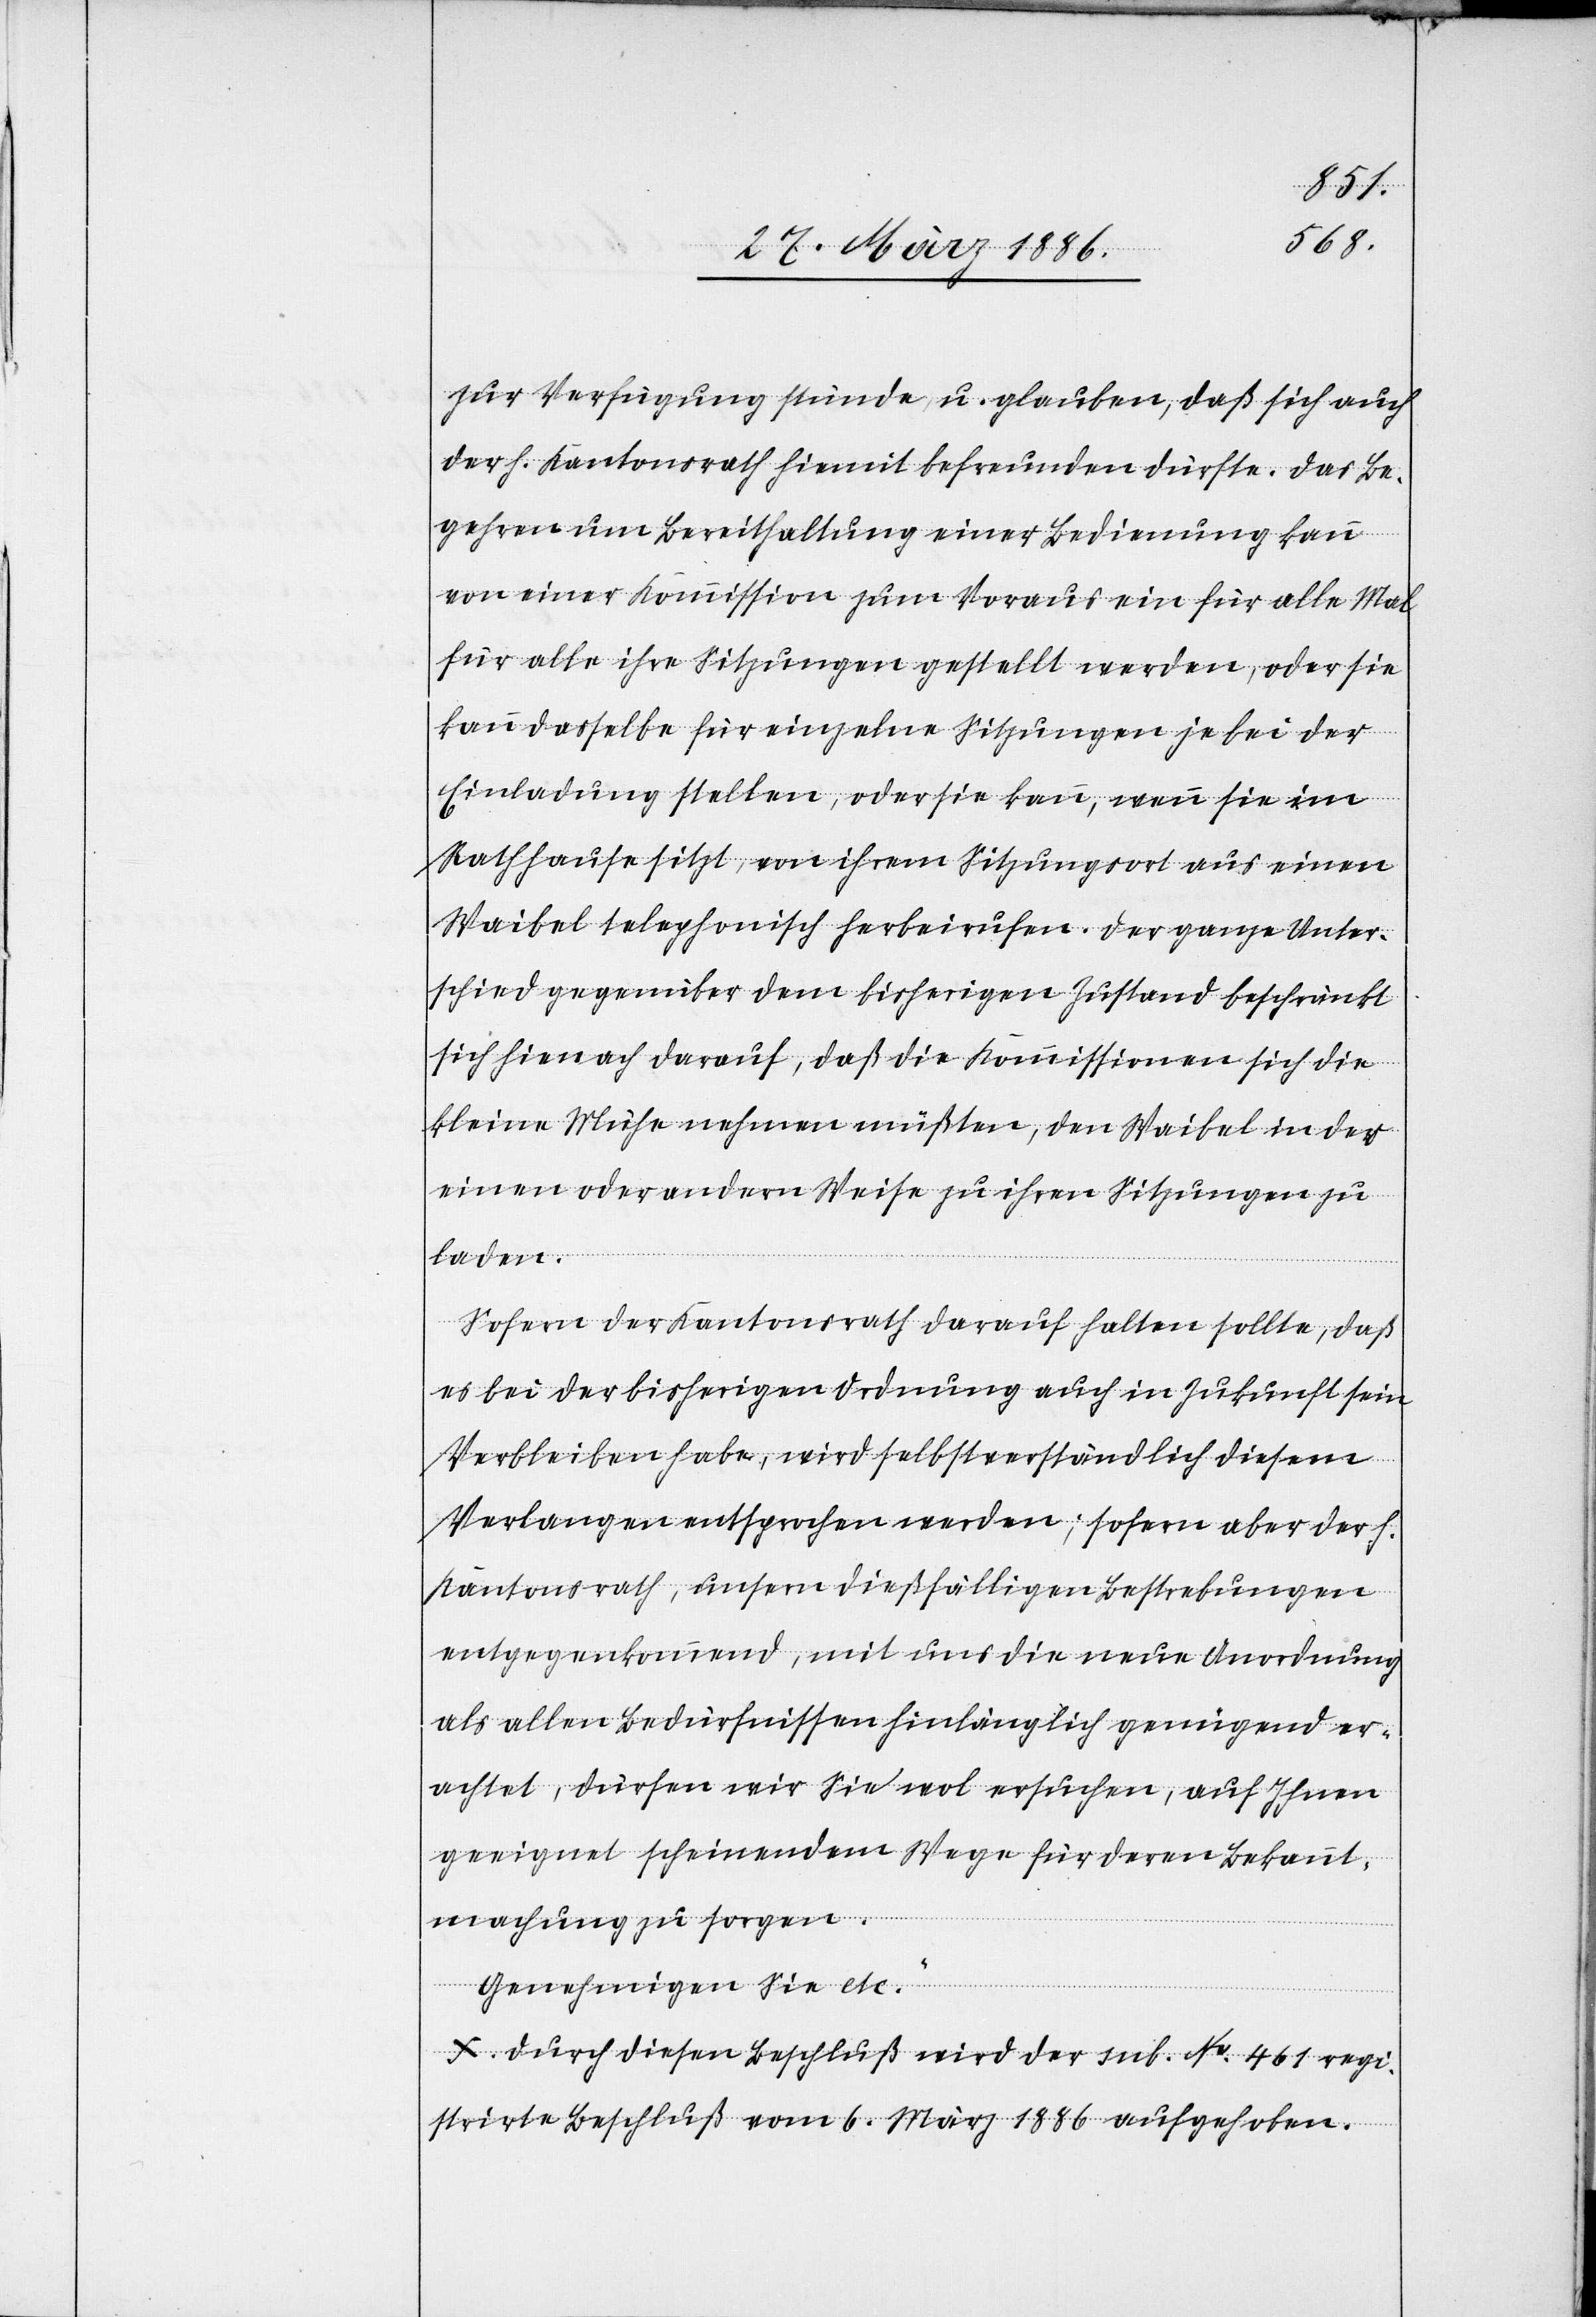
zur Verfügung stünde, u. glauben, daß sich auch
der h. Kantonsrath hiemit befreunden dürfte. Das Be¬
gehren um Bereithaltung einer Bedienung kann
von einer Kommission zum Voraus ein für alle Mal
für alle ihre Sitzungen gestellt werden, oder sie
kann dasselbe für einzelne Sitzungen je bei der
Einladung stellen, oder sie kann, wenn sie im
Rathhause sitzt, von ihrem Sitzungsort aus einen
Waibel telephonisch herbeirufen. Der ganze Unter¬
schied gegenüber dem bisherigen Zustand beschränkt
sich hienach darauf, daß die Kommissionen sich die
kleine Mühe nehmen müßten, den Waibel in der
einen oder andern Weise zu ihren Sitzungen zu
laden.
Sofern der Kantonsrath darauf halten sollte, daß
es bei der bisherigen Ordnung auch in Zukunft sein
Verbleiben habe, wird selbstverständlich diesem
Verlangen entsprochen werden; sofern aber der h.
Kantonsrath, unsern dießfälligen Bestrebungen
entgegenkommend, mit uns die neue Anordnung
als allen Bedürfnissen hinlänglich genügend er¬
achtet, dürfen wir Sie wol ersuchen, auf Ihnen
geeignet scheinendem Wege für deren Bekannt¬
machung zu sorgen.
Genehmigen Sie etc.“
X. Durch diesen Beschluß wird der sub. No. 461 regi¬
strirte Beschluß vom 6. März 1886 aufgehoben.